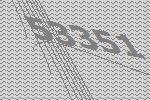
53351